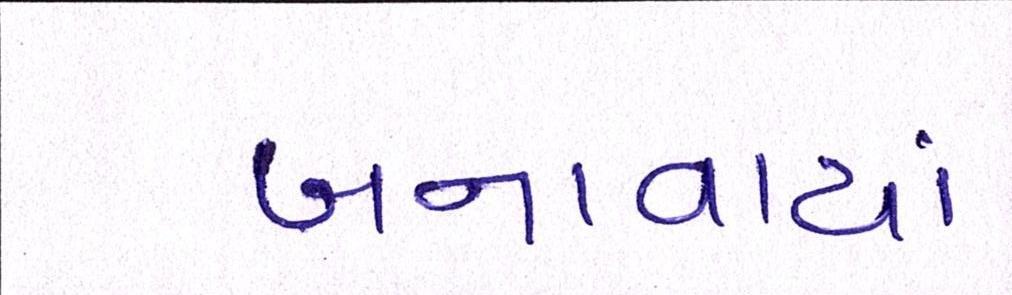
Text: બનાવાયાં